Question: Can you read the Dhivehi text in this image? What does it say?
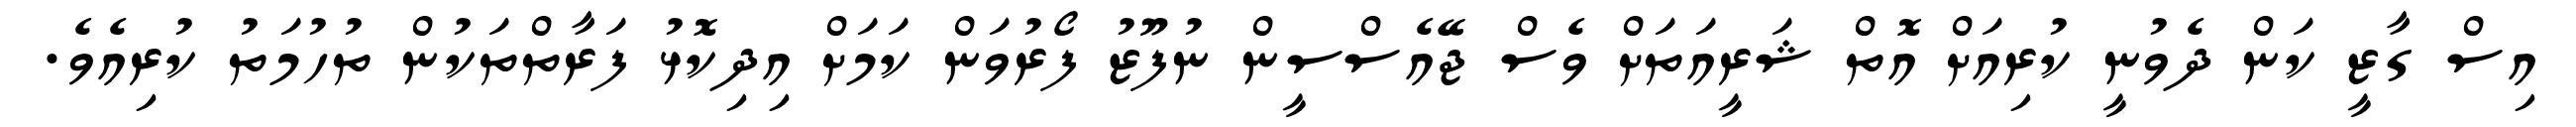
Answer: އިސް ގާޒީ ކަން ދެވުނީ ކުރިއަށް އޮތް ޝަރީއަތަށް ވެސް ޖޭއެސްސީން ނުފޫޒު ފޯރުވަން ކަމަށް އިދިކޮޅު ފަރާތްތަކުން ތުހުމަތު ކުރިއެވެ.